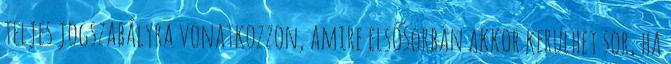
teljes jogszabályra vonatkozzon, amire elsősorban akkor kerülhet sor, ha